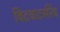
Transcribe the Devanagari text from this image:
विटवाटर्सरेंड